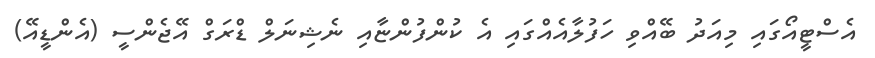
އެސްޓީއޯގައި މިއަދު ބޭއްވި ހަފުލާއެއްގައި އެ ކުންފުންޏާއި ނެޝިނަލް ޑްރަގް އޭޖެންސީ (އެންޑީއޭ)